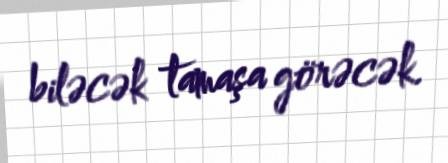
biləcək tamaşa görəcək.